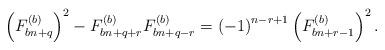
LaTeX: \begin{align*}\left(F_{bn+q}^{\left(b\right)}\right)^{2}-F_{bn+q+r}^{\left(b\right)}F_{bn+q-r}^{\left(b\right)}=\left(-1\right)^{n-r+1}\left(F_{bn+r-1}^{\left(b\right)}\right)^{2}.\end{align*}